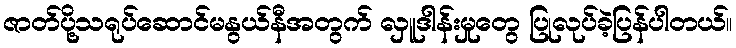
ဇာတ်ပို့သရုပ်ဆောင်မနွယ်နီအတွက် လှူဒါန်းမှုတွေ ပြုလုပ်ခဲ့ပြန်ပါတယ်။